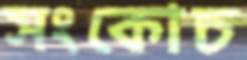
সংকোচ